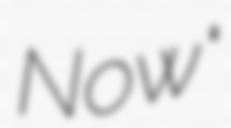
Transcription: Now"